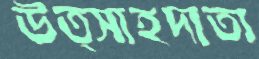
উত্সাহদাতা